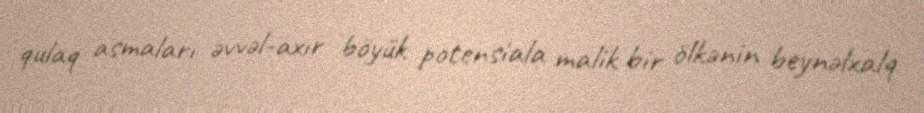
qulaq asmaları əvvəl-axır böyük potensiala malik bir ölkənin beynəlxalq